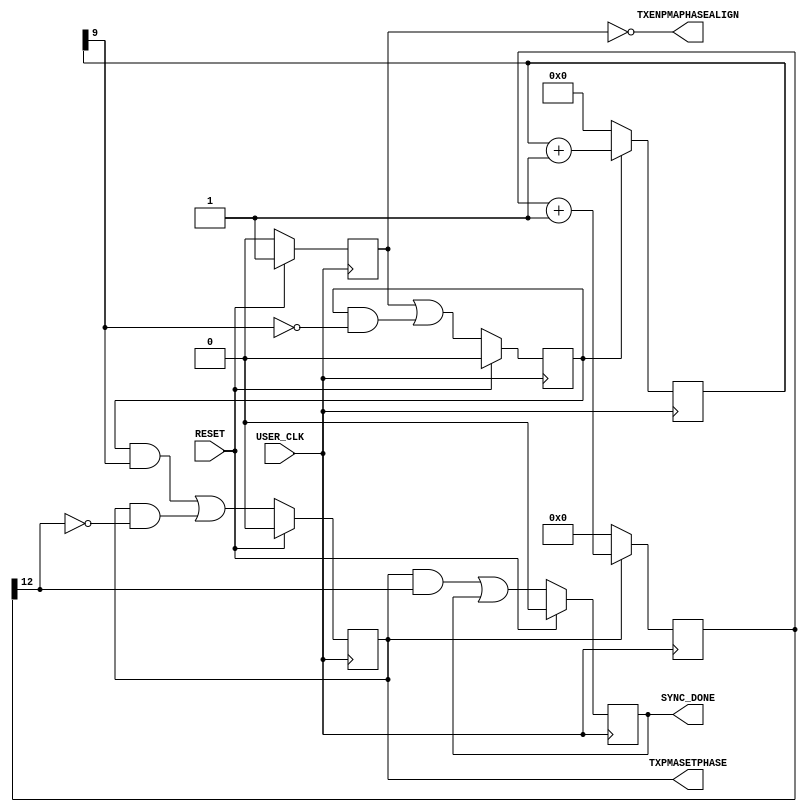
///////////////////////////////////////////////////////////////////////////////
//   ____  ____
//  /   /\/   /
// /___/  \  /    Vendor: Xilinx
// \   \   \/     Version : 1.11
//  \   \         Application : Spartan-6 FPGA GTP Transceiver Wizard
//  /   /         Filename : s6_gtpwizard_v1_11_tx_sync.v
// /___/   /\      
// \   \  /  \ 
//  \___\/\___\
//
//
// Module s6_gtpwizard_v1_11_tx_sync
// Generated by Xilinx Spartan-6 FPGA GTP Transceiver Wizard
// 
// 
// (c) Copyright 2009 - 2011 Xilinx, Inc. All rights reserved.
// 
// This file contains confidential and proprietary information
// of Xilinx, Inc. and is protected under U.S. and
// international copyright and other intellectual property
// laws.
// 
// DISCLAIMER
// This disclaimer is not a license and does not grant any
// rights to the materials distributed herewith. Except as
// otherwise provided in a valid license issued to you by
// Xilinx, and to the maximum extent permitted by applicable
// law: (1) THESE MATERIALS ARE MADE AVAILABLE "AS IS" AND
// WITH ALL FAULTS, AND XILINX HEREBY DISCLAIMS ALL WARRANTIES
// AND CONDITIONS, EXPRESS, IMPLIED, OR STATUTORY, INCLUDING
// BUT NOT LIMITED TO WARRANTIES OF MERCHANTABILITY, NON-
// INFRINGEMENT, OR FITNESS FOR ANY PARTICULAR PURPOSE; and
// (2) Xilinx shall not be liable (whether in contract or tort,
// including negligence, or under any other theory of
// liability) for any loss or damage of any kind or nature
// related to, arising under or in connection with these
// materials, including for any direct, or any indirect,
// special, incidental, or consequential loss or damage
// (including loss of data, profits, goodwill, or any type of
// loss or damage suffered as a result of any action brought
// by a third party) even if such damage or loss was
// reasonably foreseeable or Xilinx had been advised of the
// possibility of the same.
// 
// CRITICAL APPLICATIONS
// Xilinx products are not designed or intended to be fail-
// safe, or for use in any application requiring fail-safe
// performance, such as life-support or safety devices or
// systems, Class III medical devices, nuclear facilities,
// applications related to the deployment of airbags, or any
// other applications that could lead to death, personal
// injury, or severe property or environmental damage
// (individually and collectively, "Critical
// Applications"). Customer assumes the sole risk and
// liability of any use of Xilinx products in Critical
// Applications, subject only to applicable laws and
// regulations governing limitations on product liability.
// 
// THIS COPYRIGHT NOTICE AND DISCLAIMER MUST BE RETAINED AS
// PART OF THIS FILE AT ALL TIMES. 


`timescale 1ns / 1ps
`define DLY #1

module s6_gtpwizard_v1_11_tx_sync #
(
    parameter       PLL_DIVSEL_OUT  =   1
)
(
    output wire         TXENPMAPHASEALIGN,
    output wire         TXPMASETPHASE,
    output wire         SYNC_DONE,
    input  wire         USER_CLK,
    input  wire         RESET
);


//*******************************Register Declarations************************

    reg            begin_r;
    reg            phase_align_r;
    reg            ready_r;
    reg   [15:0]   sync_counter_r;
    reg   [9:0]    wait_before_setphase_counter_r;
    reg            wait_before_setphase_r;
    
//*******************************Wire Declarations****************************
    
    wire           count_setphase_complete_r;
    wire           count_512_complete_r;
    wire           next_phase_align_c;
    wire           next_ready_c;
    wire           next_wait_before_setphase_c;

//*******************************Main Body of Code****************************

    //________________________________ State machine __________________________    
    // This state machine manages the phase alingment procedure of the GTP.
    // The module is held in reset till the usrclk source is stable.In the 
    // case of buffer bypass where the refclkout is used to clock the usrclks,
    // the usrclk stable indication is given the pll_locked signal.
    // Once the pll_lock is asserted, state machine goes into the 
    // wait_before_setphase_r state for 512 cyccles. After this, it goes into 
    // the phase_align_r state where the phase alignment procedure is executed. 
    // This involves asserting TXPMASETPHASE for 4096 (TXPLL_DIVSEL_OUT=1), 
    // 8192 (TXPLL_DIVSEL_OUT=2), or 16384 (TXPLL_DIVSEL_OUT=4) clock cycles.

    // State registers
    always @(posedge USER_CLK)
        if(RESET)
            {begin_r,wait_before_setphase_r,phase_align_r,ready_r}  <=  `DLY    4'b1000;
        else
        begin
            begin_r                <=  `DLY    1'b0;
            wait_before_setphase_r <=  `DLY    next_wait_before_setphase_c;
            phase_align_r          <=  `DLY    next_phase_align_c;
            ready_r                <=  `DLY    next_ready_c;
        end

    // Next state logic
    assign  next_wait_before_setphase_c =   begin_r |
                                            (wait_before_setphase_r & !count_512_complete_r);
                                        
    assign  next_phase_align_c          =   (wait_before_setphase_r & count_512_complete_r) |
                                            (phase_align_r & !count_setphase_complete_r);
                                        
    assign  next_ready_c                =   (phase_align_r & count_setphase_complete_r) |
                                            ready_r;


    //_________ Counter for waiting 512 clock cycles before TXPMASETPHASE __________
    always @(posedge USER_CLK)
    begin
        if (!wait_before_setphase_r)
            wait_before_setphase_counter_r <= `DLY  10'b0000000000;
        else
            wait_before_setphase_counter_r <= `DLY  wait_before_setphase_counter_r + 1'b1;
    end

    assign count_512_complete_r = wait_before_setphase_counter_r[9];

    //_______________ Counter for holding SYNC for SYNC_CYCLES ________________
    always @(posedge USER_CLK)
    begin
        if (!phase_align_r)
            sync_counter_r <= `DLY  16'h0000;
        else
            sync_counter_r <= `DLY  sync_counter_r + 1'b1;
    end

generate
if (PLL_DIVSEL_OUT==1)
begin : pll_divsel_out_equals_1 
// 4096 cycles of setphase for output divider of 1
    assign count_setphase_complete_r = sync_counter_r[12];
end
else if (PLL_DIVSEL_OUT==2)
begin :pll_divsel_out_equals_2
// 8192 cycles of setphase for output divider of 2
    assign count_setphase_complete_r = sync_counter_r[13];
end
else 
begin :pll_divsel_out_equals_4
// 16384 cycles of setphase for output divider of 4
    assign count_setphase_complete_r = sync_counter_r[14];
end
endgenerate

    //_______________ Assign the phase align ports into the GTP _______________

    assign TXENPMAPHASEALIGN = !begin_r;
    assign TXPMASETPHASE     = phase_align_r;

    //_______________________ Assign the sync_done port _______________________
    
    assign SYNC_DONE = ready_r;
    
    
endmodule